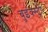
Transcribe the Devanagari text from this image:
बुइक्स्ट्रा